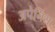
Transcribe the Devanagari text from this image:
अपेनिंस